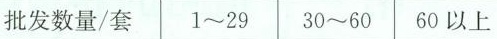
批发数量/套 1~29 30~60 60以上